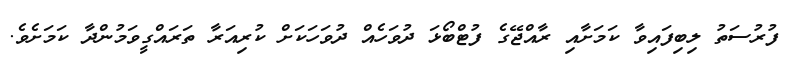
ފުރުސަތު ލިބިފައިވާ ކަމަށާއި ރާއްޖޭގެ ފުޓްބޯޅަ ދުވަހެއް ދުވަހަކަށް ކުރިއަރާ ތަރައްގީވަމުންދާ ކަމަށެވެ.